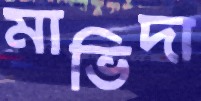
মাভিদা